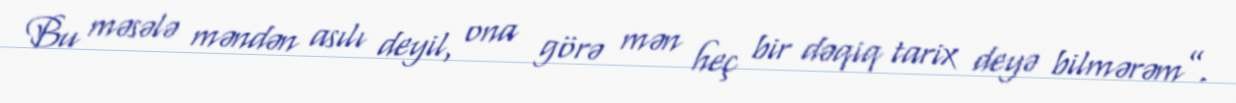
Bu məsələ məndən asılı deyil, ona görə mən heç bir dəqiq tarix deyə bilmərəm”.